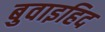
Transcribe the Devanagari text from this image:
बुवाइहिद